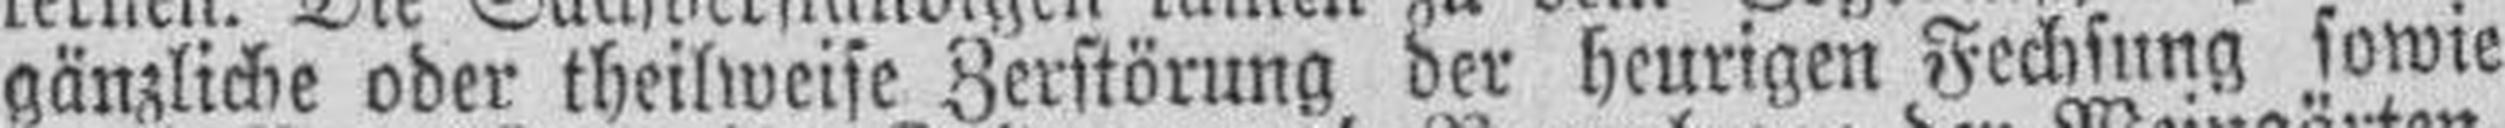
gänzliche oder theilweise Zerstörung oer heurigen Fechsung sowie